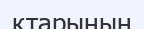
қтарының